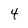
Character: 4